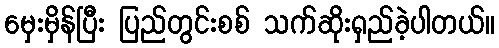
မှေးမှိန်ပြီး ပြည်တွင်းစစ် သက်ဆိုးရှည်ခဲ့ပါတယ်။